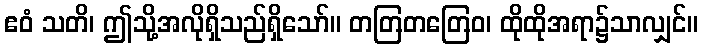
ဧဝံ သတိ၊ ဤသို့အလိုရှိသည်ရှိသော်။ တတြတတြေဝ၊ ထိုထိုအရာ၌သာလျှင်။